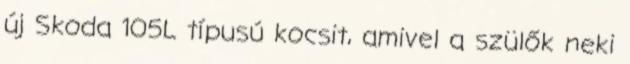
új Skoda 105L típusú kocsit, amivel a szülők neki